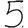
Digit: 5